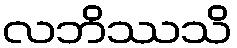
လဘိဿသိ